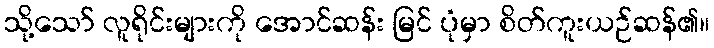
သို့သော် လူရိုင်းများကို အောင်ဆန်း မြင် ပုံမှာ စိတ်ကူးယဉ်ဆန်၏။